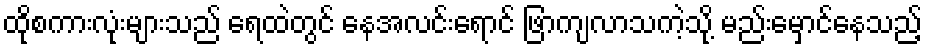
ထိုစကားလုံးများသည် ရေထဲတွင် နေအလင်းရောင် ဖြာကျလာသကဲ့သို့ မည်းမှောင်နေသည့်